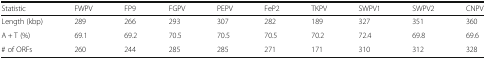
| Statistic | FWPV | FP9 | FGPV | PEPV | FeP2 | TKPV | SWPV1 | SWPV2 | CNPV |
 | --- | --- | --- | --- | --- | --- | --- | --- | --- | --- |
 | Length (kbp) | 289 | 266 | 293 | 307 | 282 | 189 | 327 | 351 | 360 |
 | A + T (%) | 69.1 | 69.2 | 70.5 | 70.5 | 70.5 | 70.2 | 72.4 | 69.8 | 69.6 |
 | # of ORFs | 260 | 244 | 285 | 285 | 271 | 171 | 310 | 312 | 328 |